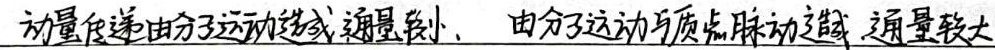
动量传递由分子运动造成, 通量较小，由分子运动与质点脉动造成, 通量较大